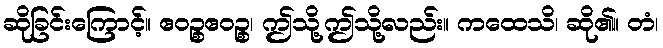
ဆိုခြင်းကြောင့်။ ဧဝဉ္စဧဝဉ္စ၊ ဤသို့ဤသို့လည်း။ ကထေသိ၊ ဆို၏။ တံ၊